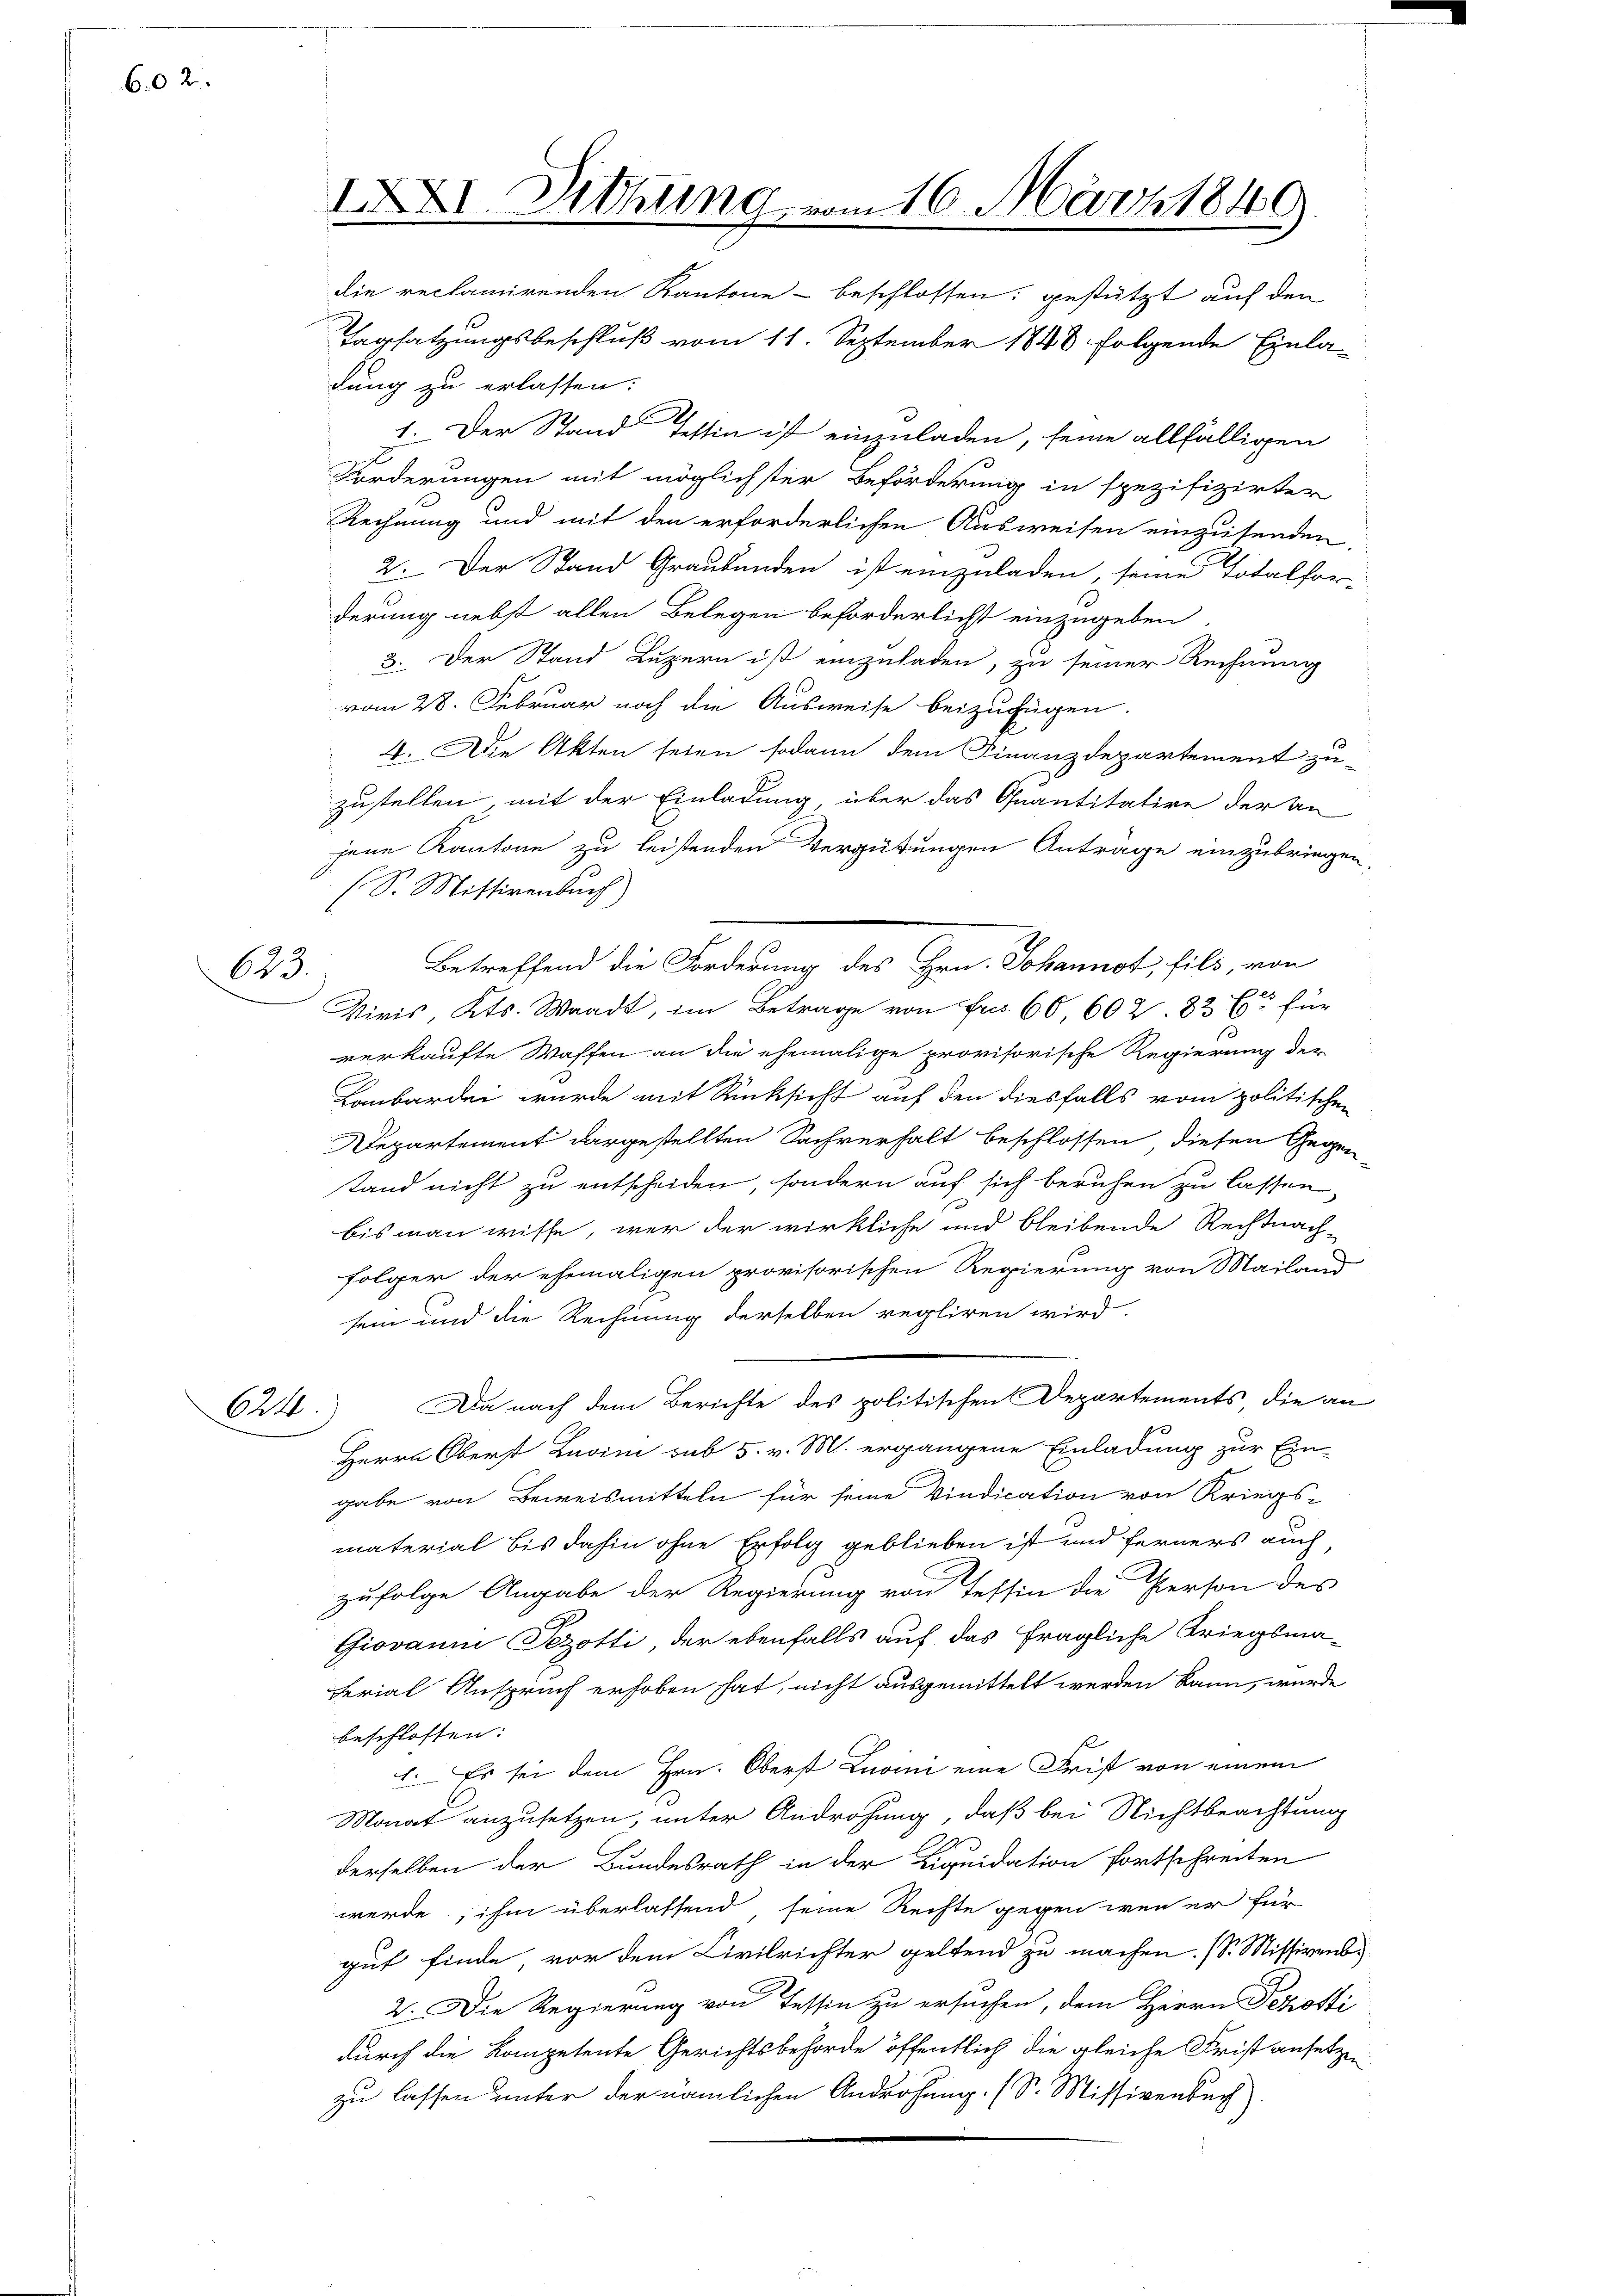
6.02

623.

62.

Tagsatzungsbeschluß vom 11. September 1848 folgende Einla-
dung zu erlassen:
1. Der Stand Tessin ist einzuladen, seine allfälligen
Forderungen mit möglichster Beförderung in spezifizirter
Rechnung und mit den erforderlichen Ausweisen einzusenden.
2. Der Stand Graubünden ist einzuladen, seine Totalfor
derung nebst allen Belegen beförderlichst einzugeben.
3. Der Stand Luzern ist einzuladen, zu seiner Rechnung
vom 28. Februar noch die Ausweise beizufügen.
4. Die Akten seien sodann dem Finanzdepartement zu-
zustellen, mit der Einladung über das Quantitative der An-
jene Kantone zu leistenden Vergütungen Anträge einzubringen,
(S. Mittirenbuch)
Betreffend die Forderung des Hrn. Johannot, fils, von
Viris, Kts. Waadt, im Betrage von Fr. 60 602. 83. Er für
verkaufte Waffen an die ehemalige provisorische Regierung der
Lanbardei wurde mit Rücksicht auf den diesfalls vom politischen
Departement dargestellten Sachverhalt beschlossen diesen Gegen
tand nicht zu entscheiden, sondern auf sich beruhen zu lassen,
bis man wisse, wer der wirkliche und bleibende Rechtnach-
folger der ehemaligen provisorischen Regierung von Mailand
sein und die Rechnung derselben regliren wird.
Da nach dem Berichte des politischen Departements die an
Herrn Oberst Luvini sub 5. v. M. ergangene Einladung zur Ein-
gabe von Beweismitteln für seine Vindication von Kriegs-
material bis dahin ohne Erfolg geblieben ist und ferners auch,
zufolge Angabe der Regierung von Tessin die Person des
Giovann Sezotti, der ebenfalls auf das fragliche Kriegsma-
ferial Anspruch erhoben hat, nicht ausgemittelt werden kann, wurde
beschlossen:
1. Es sei dem Hrn. Oberst Luvini eine Frist von einem
Monat anzusetzen, unter Androhung, daß bei Nichtbeachtung
derselben der Bundesrath in der Liquidation fortschreiten
werde, ihm überlassend, seine Rechte gegen wen er für
gut finde vor dem Civilrichter geltend zu machen. (S. Missivenb.
2. Die Regierung von Tessin zu ersuchen, dem Herrn Pezotti
durch die Kompetente Gerichtsbehörde öffentlich die gleiche Frist ansetzen
zu lassen unter der nämlichen Androhung. (S. Missivenbuch)

IXXI. Diehung vom 16. März 1849
die reclamirenden Kantone beschlossen: gestützt auf den